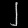
Digit: ၂